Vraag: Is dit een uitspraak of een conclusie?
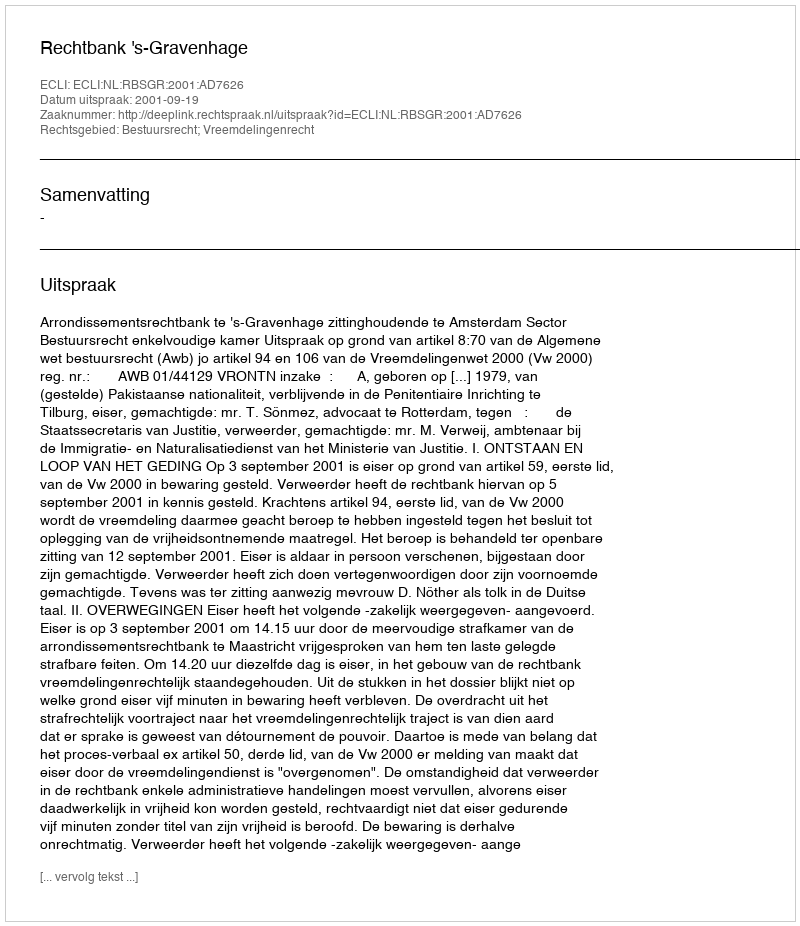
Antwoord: Uitspraak